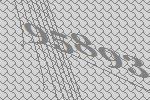
95893